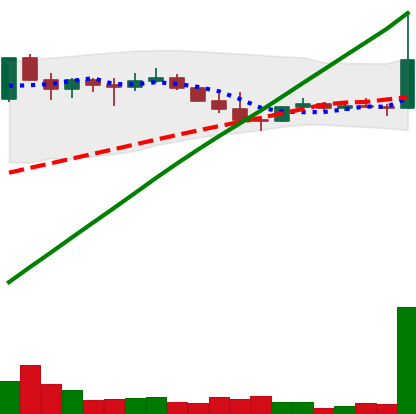
Ticker: DOGE-USD
Chart end date: 2021-04-01
Forward return: 3.988%
Label: up_3_5